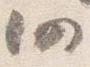
仍